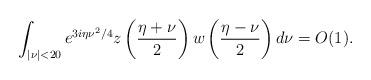
LaTeX: \begin{align*}\int_{|\nu|<20} e^{3i\eta\nu^2/4}z\left(\frac{\eta+\nu}{2}\right) w\left(\frac{\eta-\nu}{2}\right)d\nu=O(1).\end{align*}